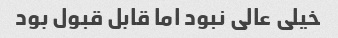
خیلى عالى نبود اما قابل قبول بود